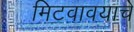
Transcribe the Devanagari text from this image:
मिटवावयाचें